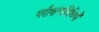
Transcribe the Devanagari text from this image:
परीक्षणविधियों